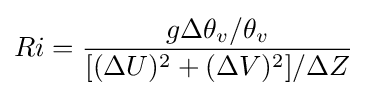
Ri={\frac {g\Delta \theta _{v}/\theta _{v}}{[(\Delta U)^{2}+(\Delta V)^{2}]/\Delta Z}}